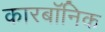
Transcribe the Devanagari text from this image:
कारबॉनिक